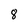
Character: 8